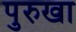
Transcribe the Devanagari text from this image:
पुरुखा